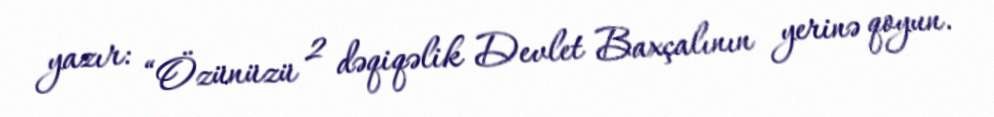
yazır: “Özünüzü 2 dəqiqəlik Devlet Baxçalının yerinə qoyun.